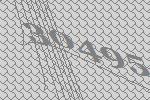
30495